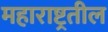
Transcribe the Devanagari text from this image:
महाराष्ट्रतील